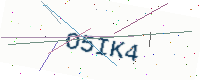
Text: O5IK4